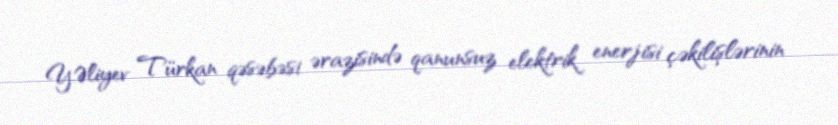
Y.Əliyev Türkan qəsəbəsi ərazisində qanunsuz elektrik enerjisi çəkilişlərinin